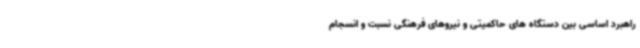
راهبرد اساسی بین دستگاه های حاکمیتی و نیروهای فرهنگی نسبت و انسجام